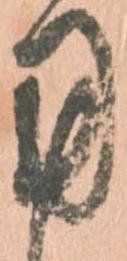
用